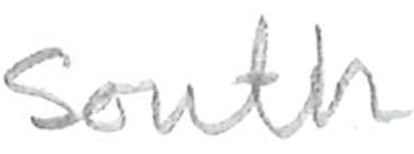
Text: South
Cross-out: clean
Writing tool: pencil